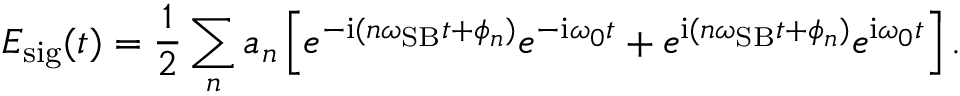
E _ { \mathrm { { s i g } } } ( t ) = \frac { 1 } { 2 } \sum _ { n } a _ { n } \left[ e ^ { - \mathrm { { i } } ( n \omega _ { \mathrm { { S B } } } t + \phi _ { n } ) } e ^ { - \mathrm { { i } } \omega _ { 0 } t } + e ^ { \mathrm { { i } } ( n \omega _ { \mathrm { { S B } } } t + \phi _ { n } ) } e ^ { \mathrm { { i } } \omega _ { 0 } t } \right] .